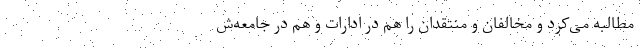
مطالبه می‌کرد و مخالفان و منتقدان را هم در ادارات و هم در جامعه‌ش